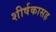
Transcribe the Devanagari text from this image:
शीर्षकासह